system: You are a helpful assistant.
user:
Analyze the provided spectrum to determine if it is a **M-type Giant (gM)**.

A M-type Giant spectrum is defined by its **strong molecular absorption** features, particularly from **Titanium Oxide (TiO)**. You must check for one of the following mutually exclusive signatures:

- **Key Visual Indicators (Absorption-Dominated Spectrum):**

    - **(Primary):** The spectrum is dominated by strong molecular absorption from **Titanium Oxide (TiO)**. This is the **defining feature** of its M-type temperature class.
        - **(Key Bandheads):** Look for sharp, "saw-tooth" absorption valleys. The strongest are located near **~7050 Å**, **~6160 Å**, and **~5170 Å**.
        - **(Line Profile):** The "saw-tooth" morphology is critical: a **sharp, steep drop on the BLUE (short-wavelength) side** of the bandhead, followed by a gradual recovery (rising flux) towards the RED (long-wavelength) side.

    - **(Key Confirmation - Giant vs. Dwarf):** **ABSENCE** of strong **Calcium Hydride (CaH)** molecular bands. This is the primary diagnostic for *excluding* M-dwarfs.
        - **(Key Region):** The spectrum should lack the strong, broad absorption band seen in dwarfs between **~6800 Å and ~7000 Å**.

    - **(Secondary Confirmation - Giant):** A very strong and broad **Neutral Calcium (Ca I)** atomic absorption line.
        - **(Key Line):** Located at **~4226 Å**. In a giant (gM), this line is significantly deeper and broader than the same line in an M-dwarf (dM) due to low surface gravity.

    - **(Overall Spectrum):**
        - The continuum is **extremely red-sloping** (i.e., flux is very low in the blue and rises dramatically towards the red).
        - The entire spectrum appears "chopped up" by the deep TiO bands.

Think first, call **spectral_visualization_tool** if needed to examine features in detail, then provide your final answer. Your response must adhere to the following strict rules:
1.  **Overall Structure:** Your response must follow the format `<think>...</think> <tool_call>...</tool_call> (if a tool is used) <answer>...</answer>`.
2.  **Tool Usage Constraint:** You may only make **one** tool call per turn.
3.  **Final Answer Format:** In the `<answer>` tag, your conclusion must be inside a `\boxed{}` command (e.g., `\boxed{YES}` or `\boxed{NO}`), followed by your justification.

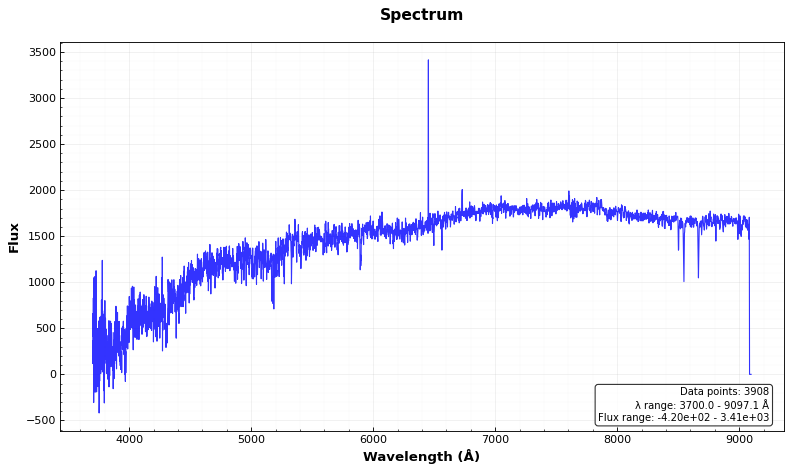
Answer: NO